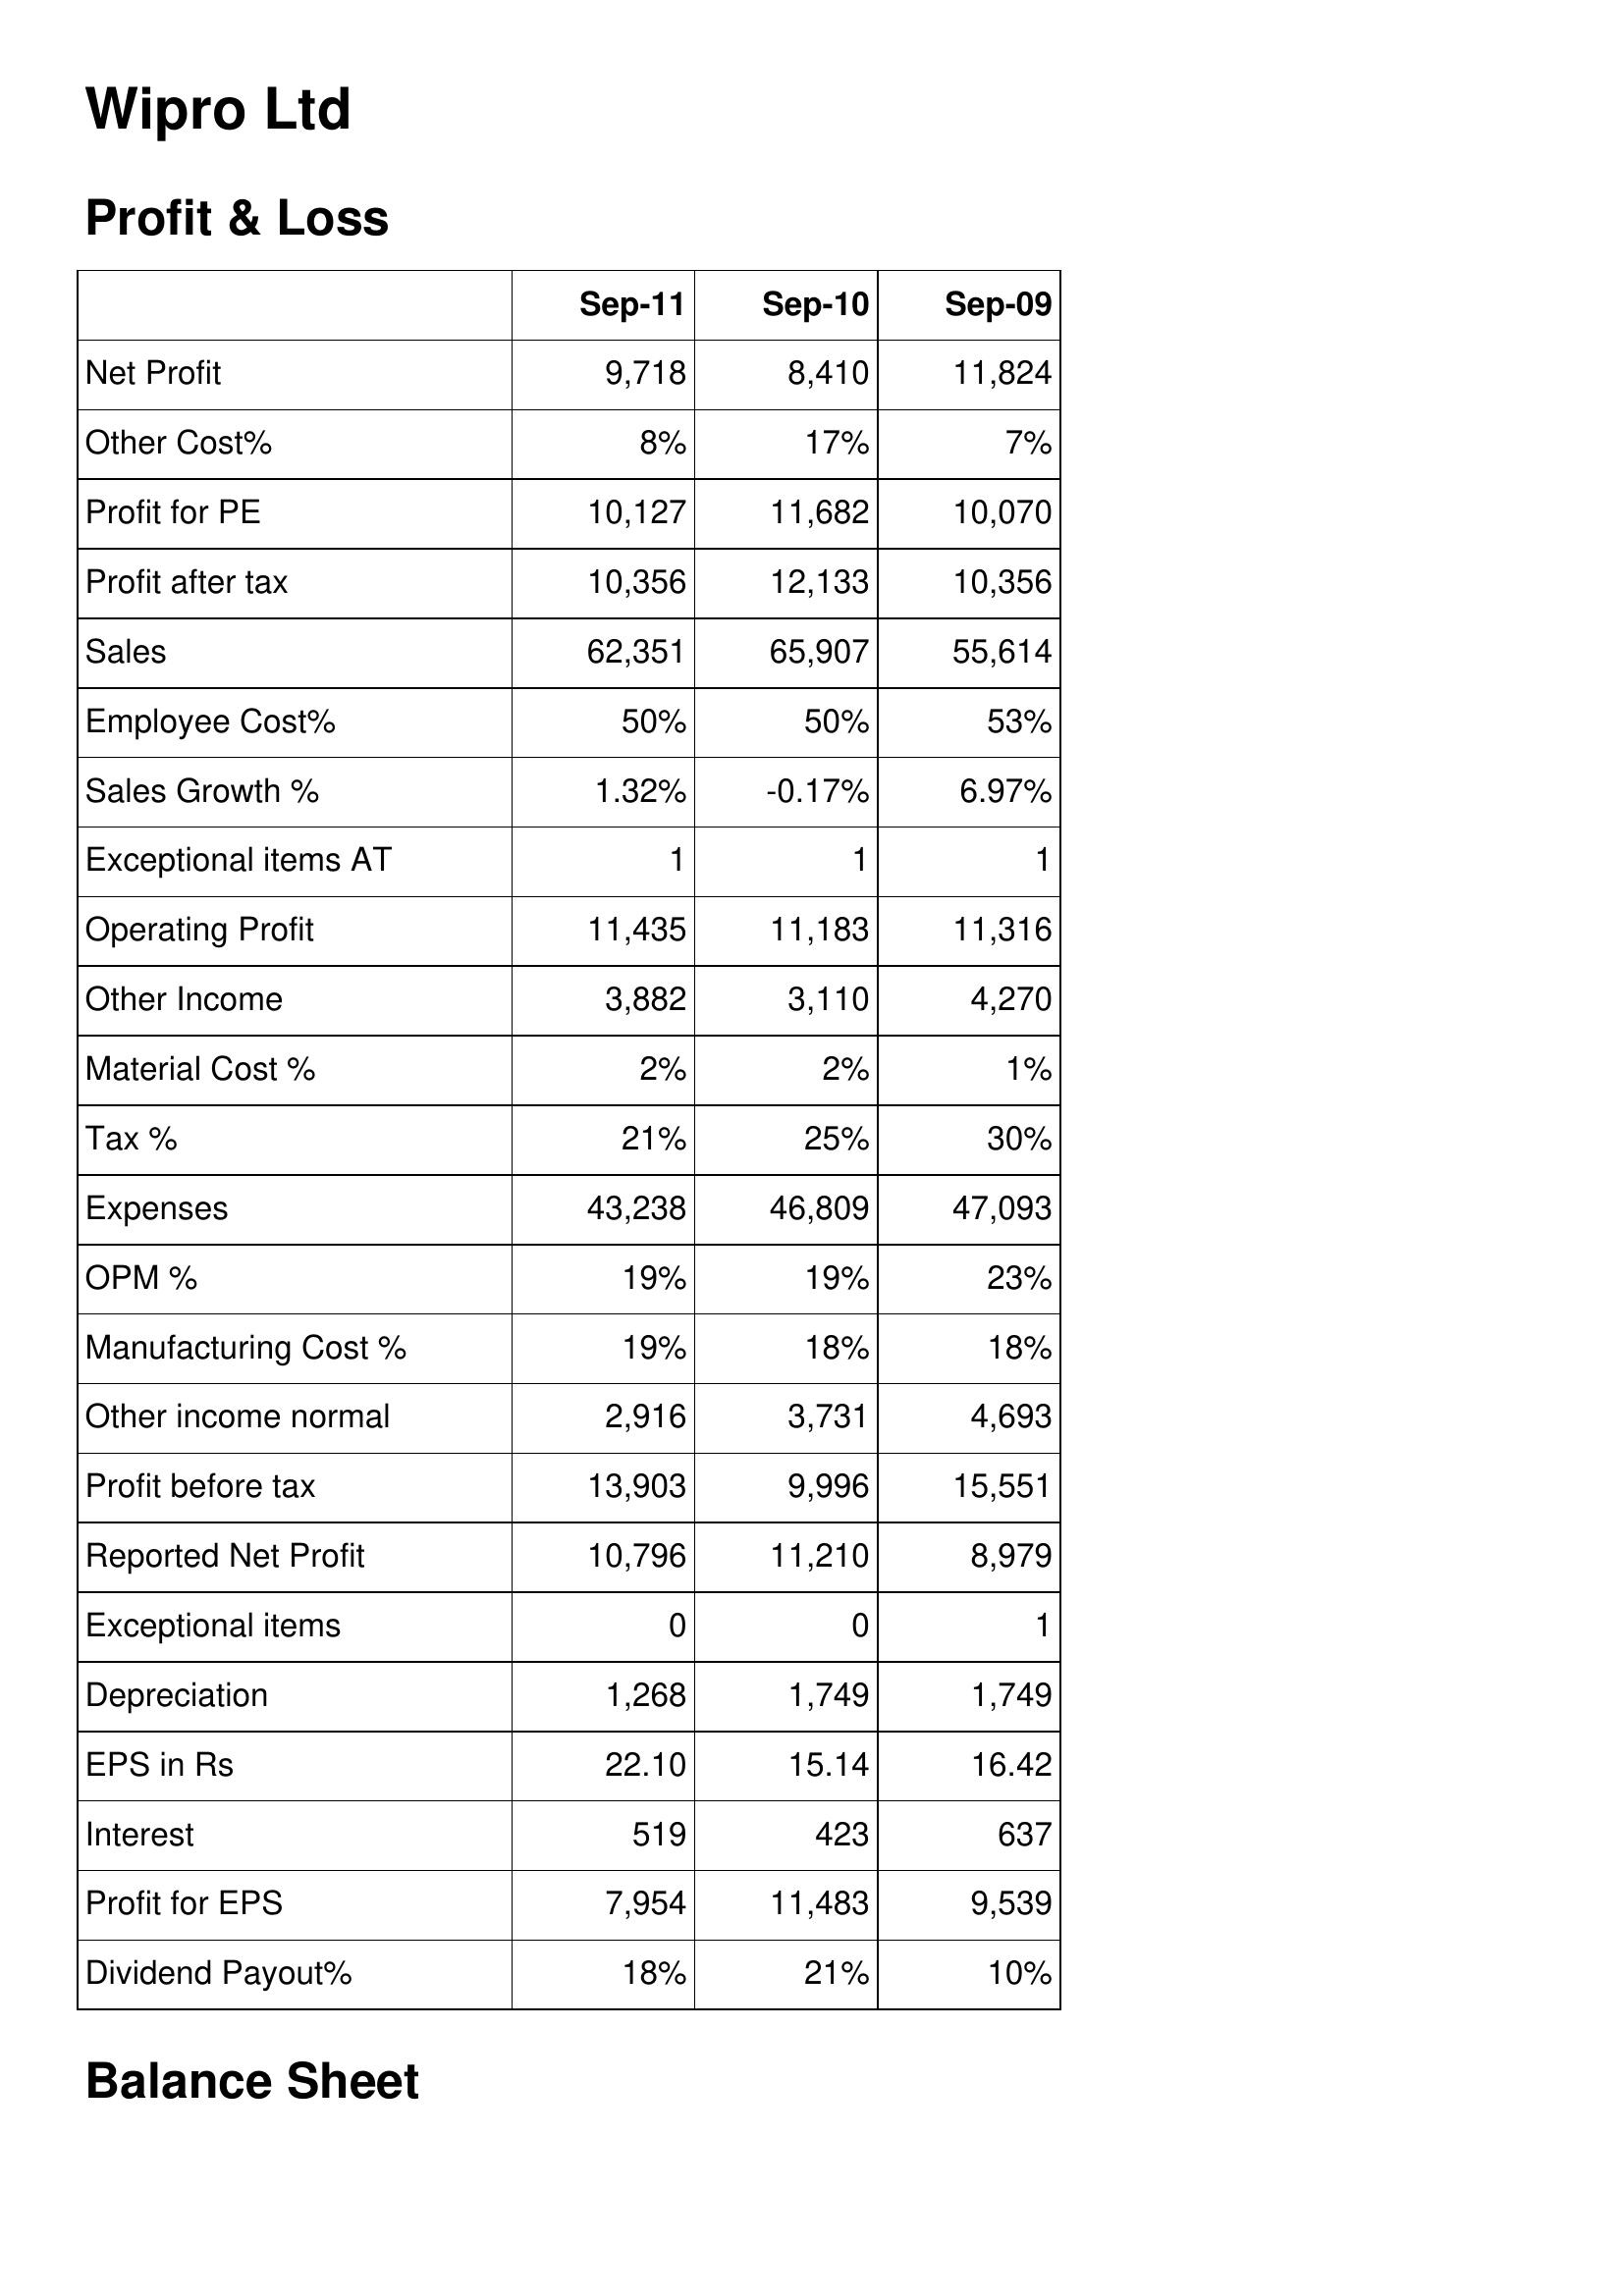
Sep-11: Profit & Loss: Net Profit: 9,718
Other Cost%: 8%
Profit for PE: 10,127
Profit after tax: 10,356
Sales: 62,351
Employee Cost%: 50%
Sales Growth %: 1.32%
Exceptional items AT: 1
Operating Profit: 11,435
Other Income: 3,882
Material Cost %: 2%
Tax %: 21%
Expenses: 43,238
OPM %: 19%
Manufacturing Cost %: 19%
Other income normal: 2,916
Profit before tax: 13,903
Reported Net Profit: 10,796
Exceptional items: 0
Depreciation: 1,268
EPS in Rs: 22.10
Interest: 519
Profit for EPS: 7,954
Dividend Payout%: 18%
Sep-10: Profit & Loss: Net Profit: 8,410
Other Cost%: 17%
Profit for PE: 11,682
Profit after tax: 12,133
Sales: 65,907
Employee Cost%: 50%
Sales Growth %: -0.17%
Exceptional items AT: 1
Operating Profit: 11,183
Other Income: 3,110
Material Cost %: 2%
Tax %: 25%
Expenses: 46,809
OPM %: 19%
Manufacturing Cost %: 18%
Other income normal: 3,731
Profit before tax: 9,996
Reported Net Profit: 11,210
Exceptional items: 0
Depreciation: 1,749
EPS in Rs: 15.14
Interest: 423
Profit for EPS: 11,483
Dividend Payout%: 21%
Sep-09: Profit & Loss: Net Profit: 11,824
Other Cost%: 7%
Profit for PE: 10,070
Profit after tax: 10,356
Sales: 55,614
Employee Cost%: 53%
Sales Growth %: 6.97%
Exceptional items AT: 1
Operating Profit: 11,316
Other Income: 4,270
Material Cost %: 1%
Tax %: 30%
Expenses: 47,093
OPM %: 23%
Manufacturing Cost %: 18%
Other income normal: 4,693
Profit before tax: 15,551
Reported Net Profit: 8,979
Exceptional items: 1
Depreciation: 1,749
EPS in Rs: 16.42
Interest: 637
Profit for EPS: 9,539
Dividend Payout%: 10%